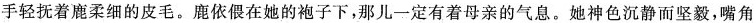
手轻抚着鹿柔细的皮毛。鹿依偎在她的袍子下，那儿一定有着母亲的气息。她神色沉静而坚毅，嘴角